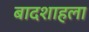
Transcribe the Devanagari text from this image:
बादशाहला